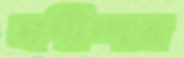
মণীন্দর